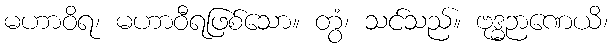
မဟာဝိရ၊ မဟာဝီရဖြစ်သော။ တွံ၊ သင်သည်။ ဗုဒ္ဓဉာဏေယိ၊